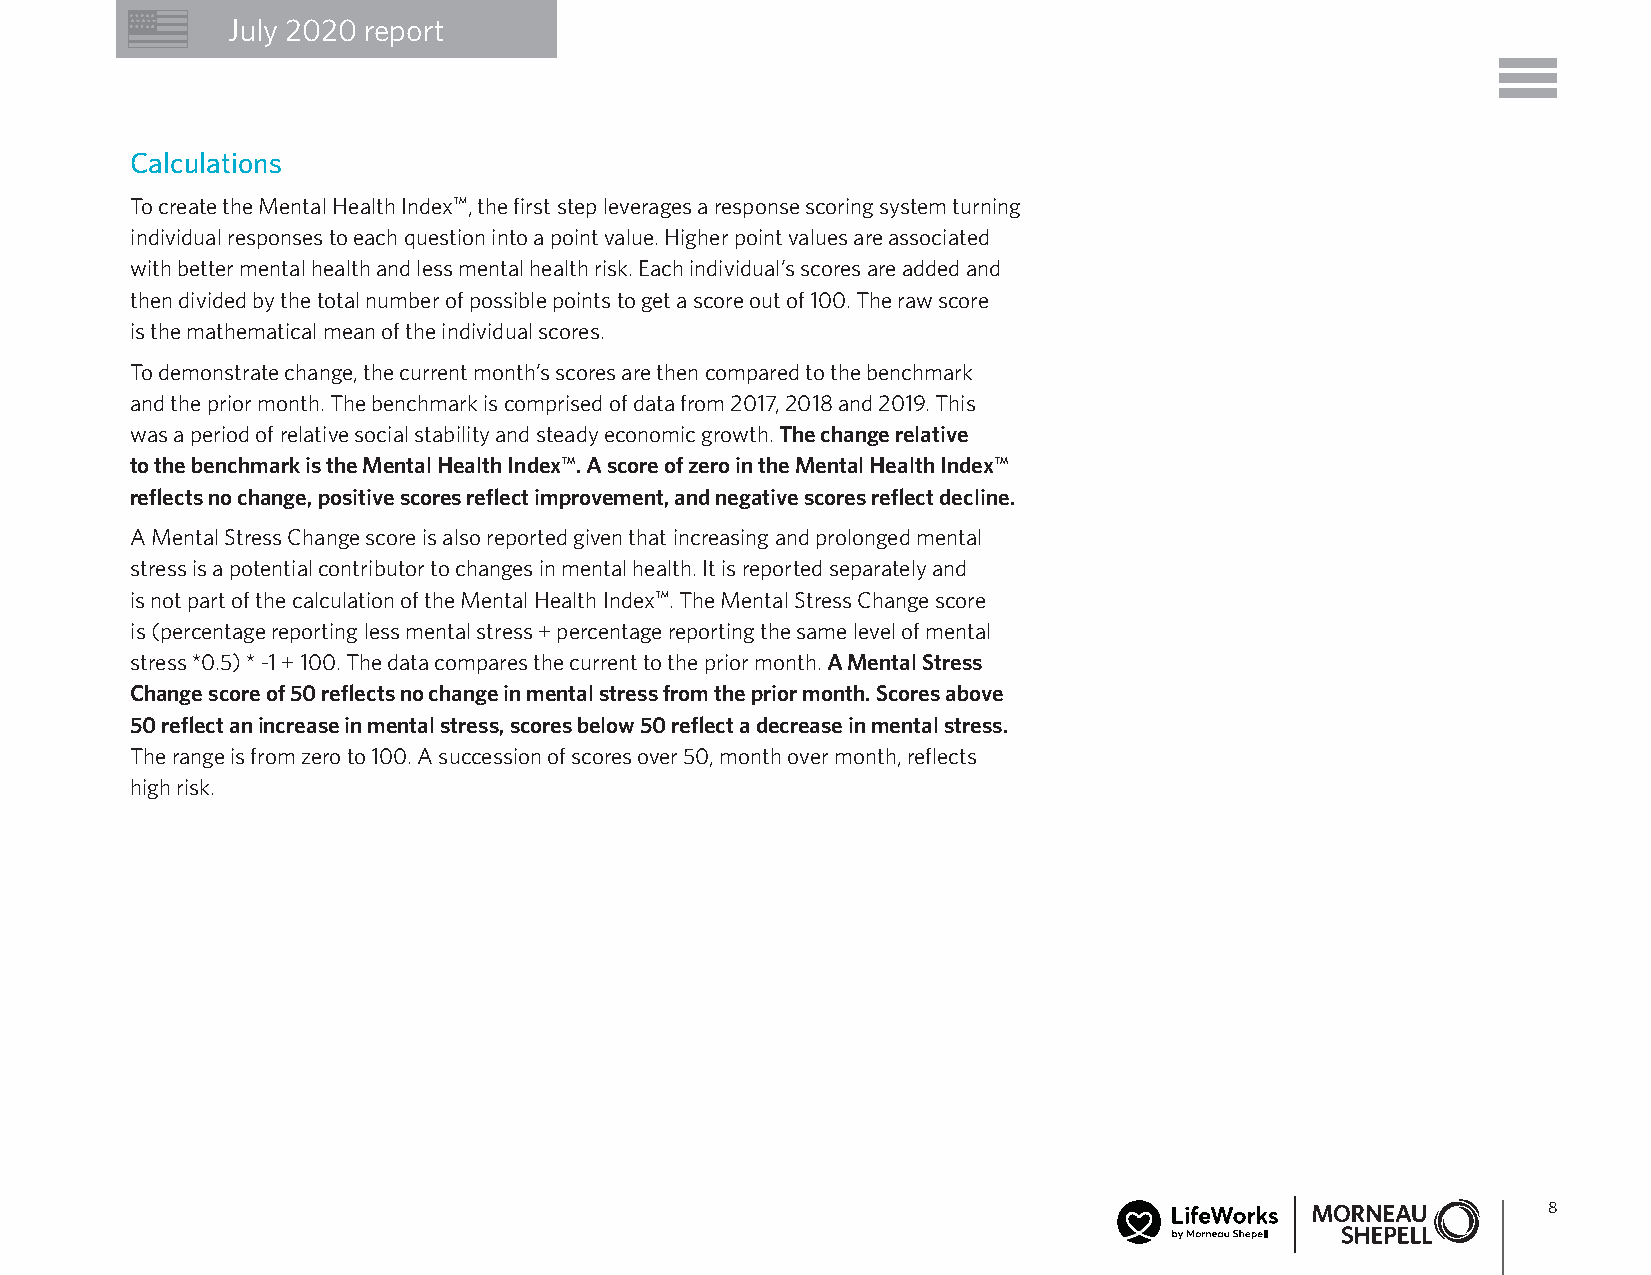
July 2020 report
 Calculations
 To create the Mental Health Index™, the first step leverages a response scoring system turning
 individual responses to each question into a point value. Higher point values are associated
 with better mental health and less mental health risk. Each individual’s scores are added and
 then divided by the total number of possible points to get a score out of 100. The raw score
 is the mathematical mean of the individual scores.
 To demonstrate change, the current month’s scores are then compared to the benchmark
 and the prior month. The benchmark is comprised of data from 2017, 2018 and 2019. This
 was a period of relative social stability and steady economic growth. The change relative
 to the benchmark is the Mental Health Index™. A score of zero in the Mental Health Index™
 reflects no change, positive scores reflect improvement, and negative scores reflect decline.
 A Mental Stress Change score is also reported given that increasing and prolonged mental
 stress is a potential contributor to changes in mental health. It is reported separately and
 is not part of the calculation of the Mental Health Index™. The Mental Stress Change score
 is (percentage reporting less mental stress + percentage reporting the same level of mental
 stress *0.5) * -1 + 100. The data compares the current to the prior month. A Mental Stress
 Change score of 50 reflects no change in mental stress from the prior month. Scores above
 50 reflect an increase in mental stress, scores below 50 reflect a decrease in mental stress.
 The range is from zero to 100. A succession of scores over 50, month over month, reflects
 high risk.
 8